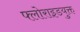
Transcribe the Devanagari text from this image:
फ्लोराइडयुक्त